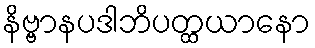
နိဗ္ဗာနပဒါဘိပတ္ထယာနော